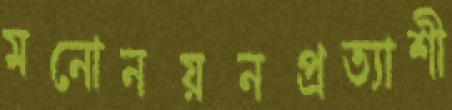
মনোনয়নপ্রত্যাশী